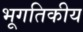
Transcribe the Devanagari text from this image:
भूगतिकीय